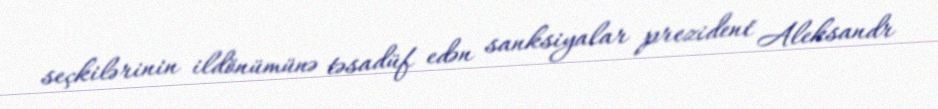
seçkilərinin ildönümünə təsadüf edən sanksiyalar prezident Aleksandr